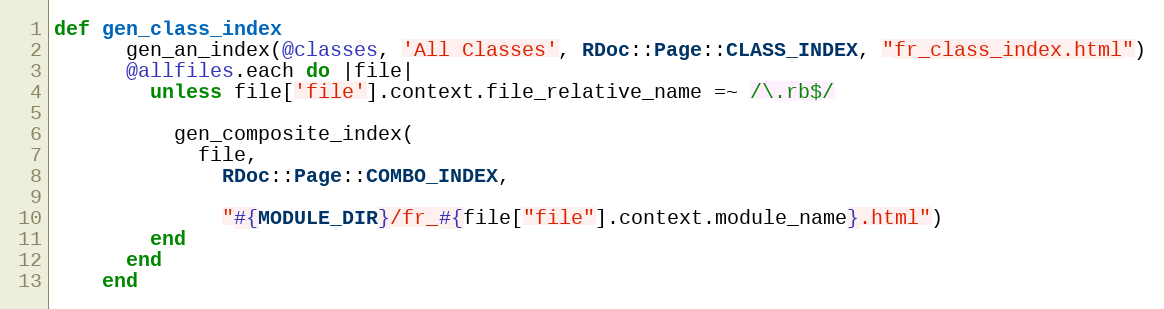
Language: Ruby
def gen_class_index
      gen_an_index(@classes, 'All Classes', RDoc::Page::CLASS_INDEX, "fr_class_index.html")
      @allfiles.each do |file|
        unless file['file'].context.file_relative_name =~ /\.rb$/

          gen_composite_index(
            file,
              RDoc::Page::COMBO_INDEX,

              "#{MODULE_DIR}/fr_#{file["file"].context.module_name}.html")
        end
      end
    end